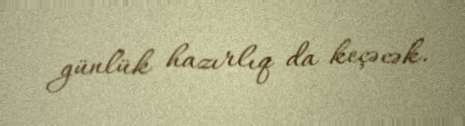
günlük hazırlıq da keçəcək.